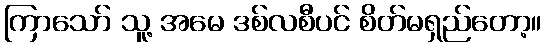
ကြာသော် သူ့ အမေ ဒစ်လစီပင် စိတ်မရှည်တော့။